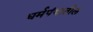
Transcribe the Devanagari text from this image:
धर्मपंथातील